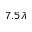
7 . 5 \lambda